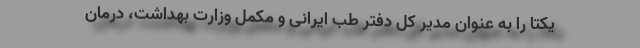
یکتا را به عنوان مدیر کل دفتر طب ایرانی و مکمل وزارت بهداشت، درمان